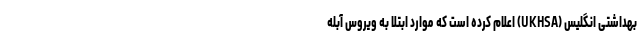
بهداشتی انگلیس (UKHSA) اعلام کرده است که موارد ابتلا به ویروس آبله